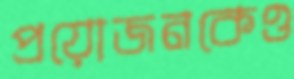
প্রয়োজনকেও